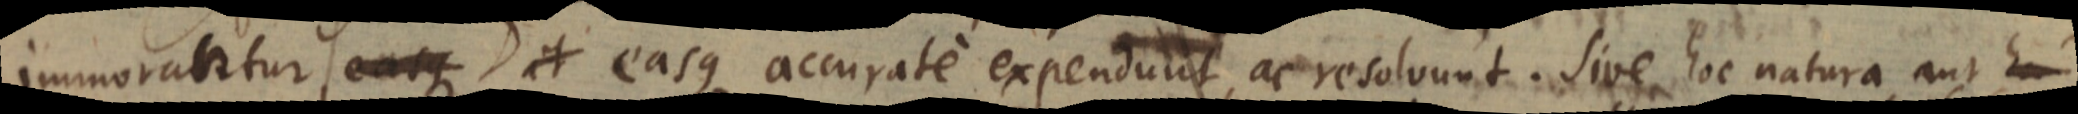
immorantur, easque et easque accurate expendunt, ac resolvunt. Sive hoc natura aut